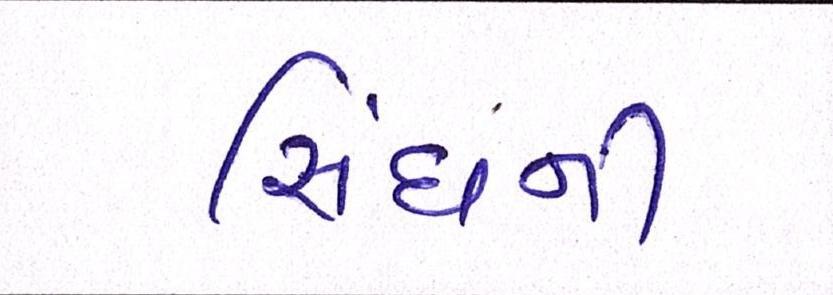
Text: સિંઘની